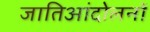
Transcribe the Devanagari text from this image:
जातिआंदोलनों